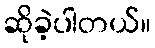
ဆိုခဲ့ပါတယ်။